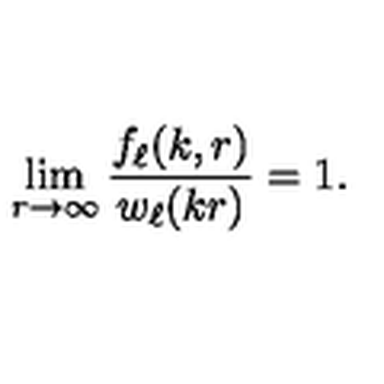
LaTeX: \lim _ { r \to \infty } \frac { f _ { \ell } ( k , r ) } { w _ { \ell } ( k r ) } = 1 .